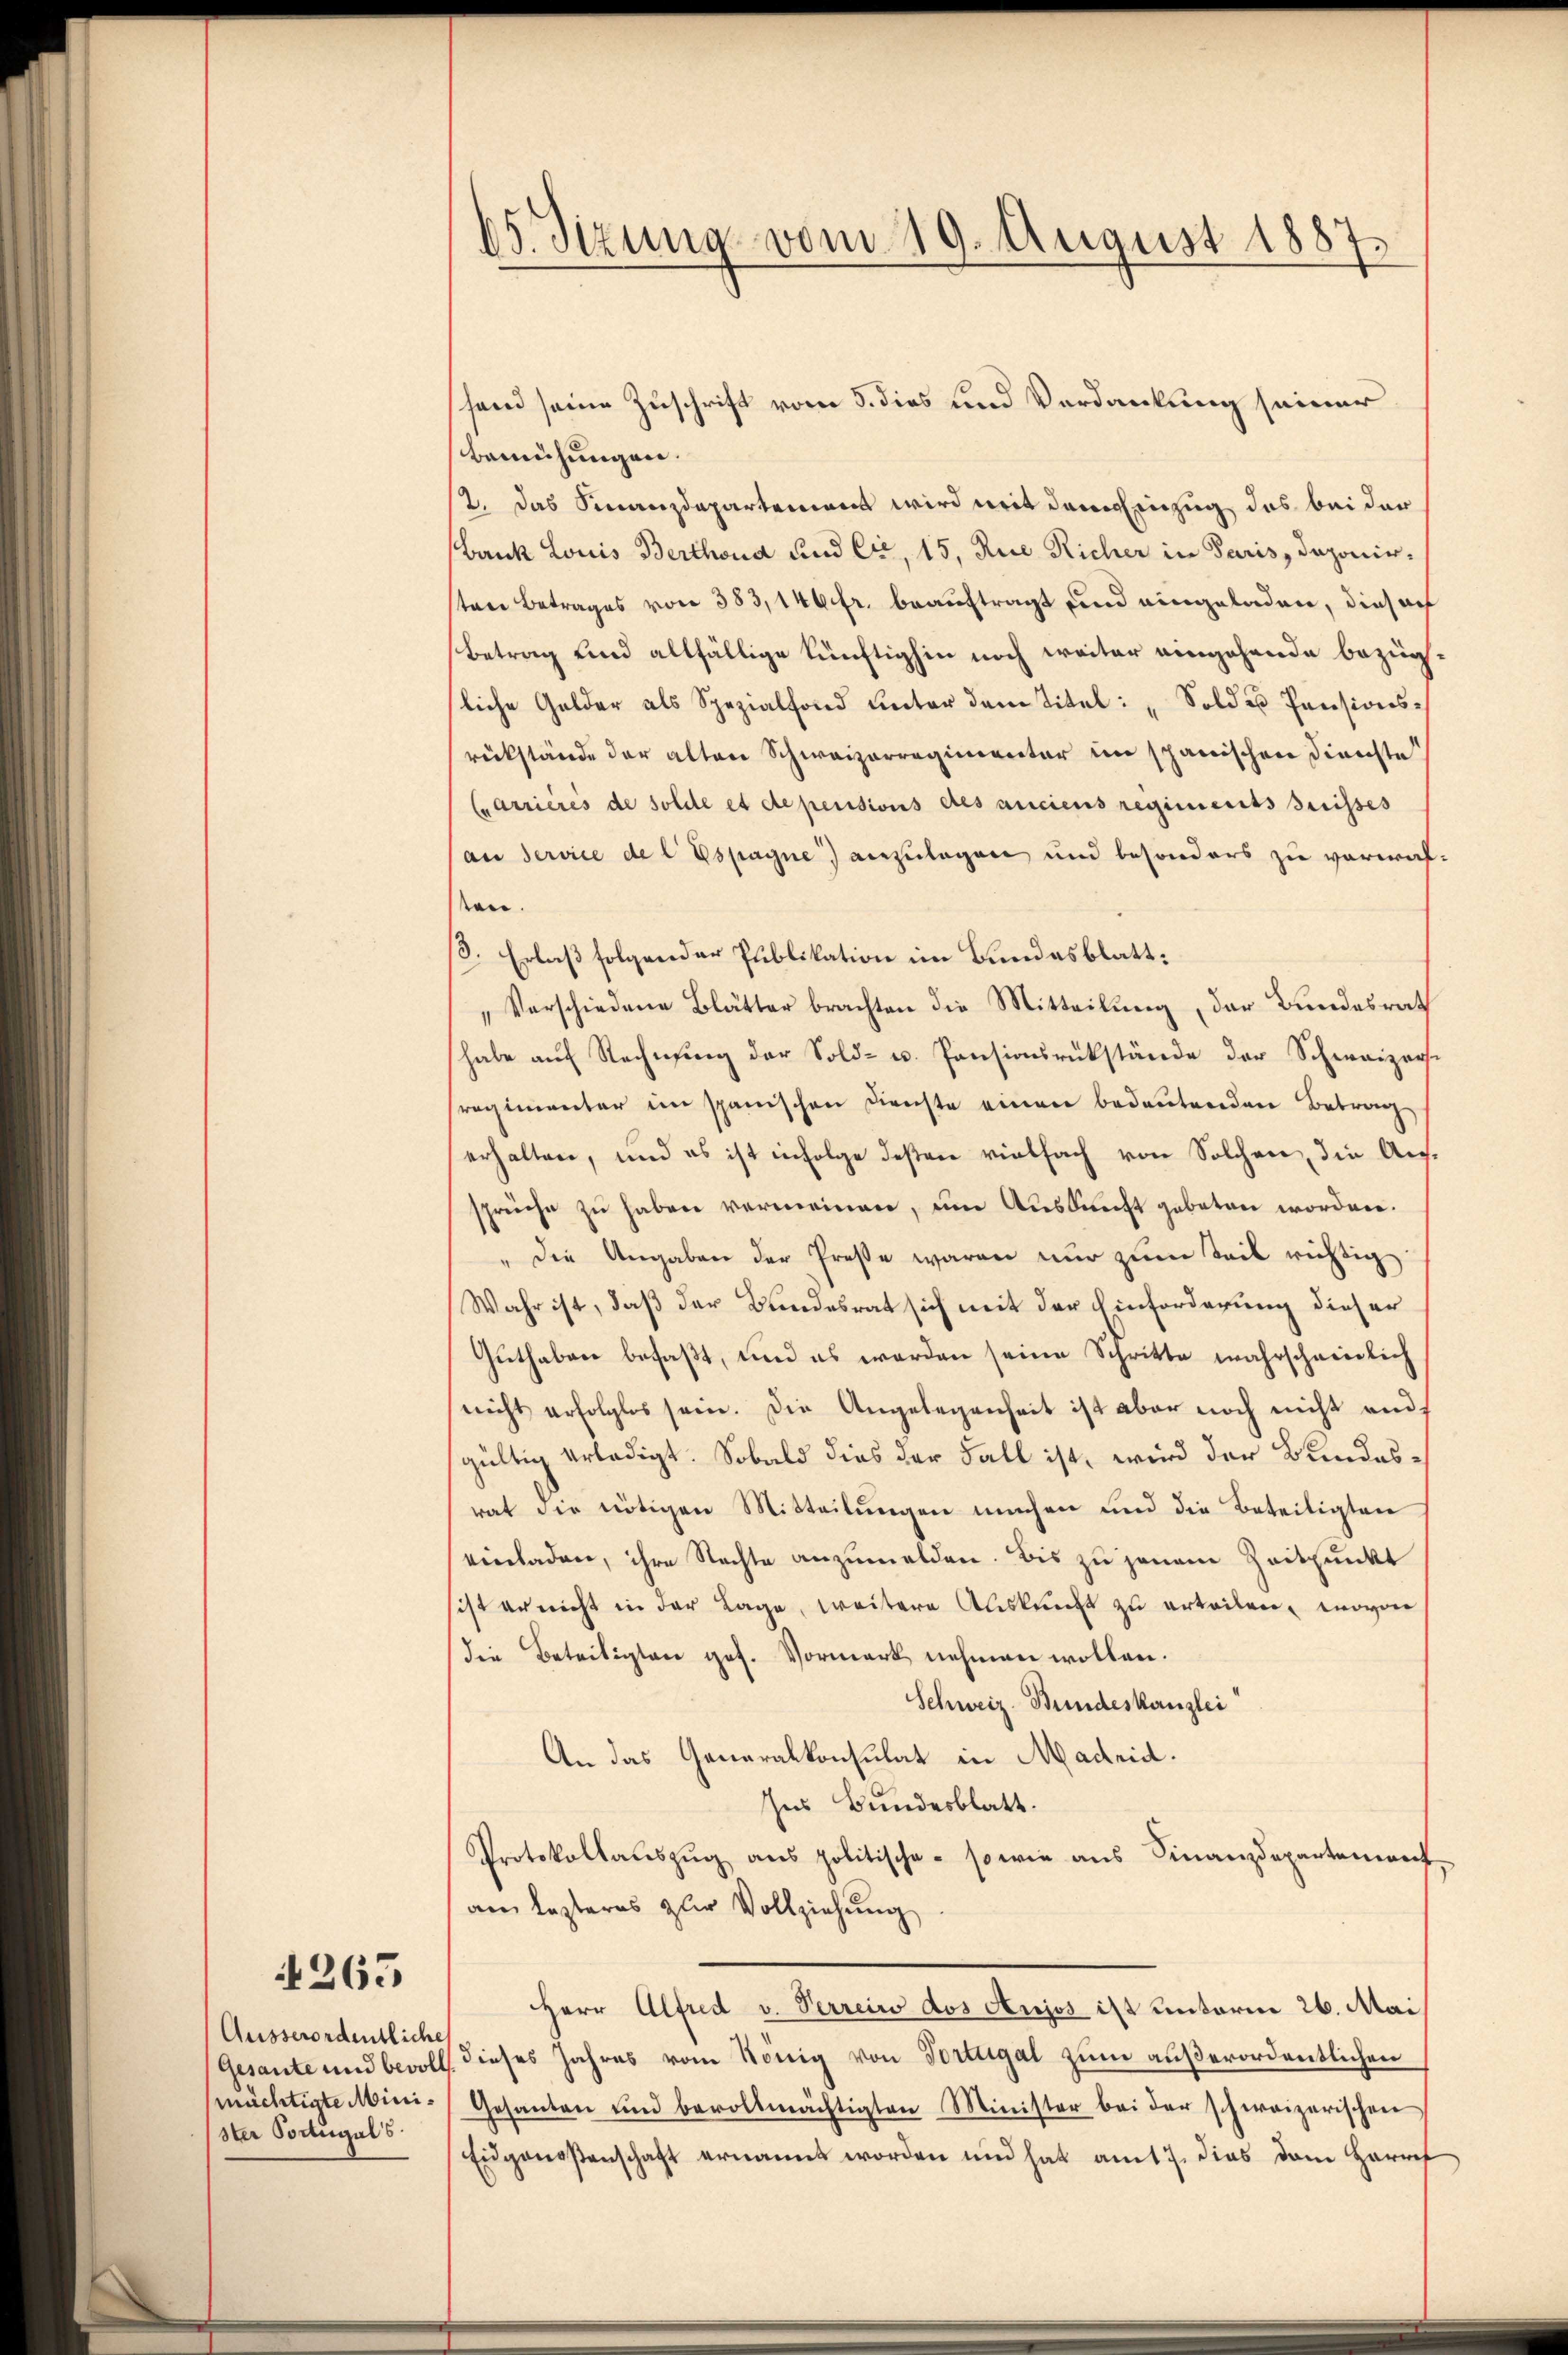
263

Ausserordentliche
(Gesante und bevoll
mächtigte Minister Portugals.

65. Sitzung vom 19. August 1887.

send seine Zuschrift vom 5. dies und Verdankung seiner
Bemühungen.
2. Das Finanzdepartemons wird mit dem Einzug das bei der
Bank Louis Berthoud und Cr, 15, Rue Richer in Paris, deponirten Betrages von 383,140 fr. beauftragt und eingeladen, dies ach
Betrag und allfällige künftighin noch weiter eingehende bezügsliche Gelder als Spezialfond ŭnter dem Titel: „Sold u Pensionsrückstände der alten Schweizerregimentar im schanischen Dienste
Carrieres de solde et de pensions des anciens regiments suisses
an Service de l Espagne) anzulagen und besonders zu verwalsten.
ß. Erlaß folgender Publikation im Bundesblatt:
Verschiedene Blätter brachten die Mitteilung, der Bundesrath
habe aŭf Rechnŭng der Sold- u. Pensionsrükstände der Schweizers.
sregimenter im spanischen Dienste einen bedeutenden Betrag
erhalten, und es ist infolge deßen vielfach von Solchen, die Aufsprüche zu haben vermeinen, um Auskunft geboten worden.
" die Angaben der Prose waren nur zum Teil richtig
Wahr ist, daß der Bundesrat sich mit der Einforderung dieser
Guthaben befaßt, und es werden seine Schritte wahrschweilich
nicht erfolglos sein. Die Angelegenheit ist aber noch nicht and
gültig erledigt. Sobald dies der Fall ist, wird der Bundesrat die nötigen Mitteilungen machen und die Beteiligten
einladen, ihre Nachte anzumelden. Bis zu jenem Zeitpunkt
sist er nicht in der Lage, weitere Auskunft zu erteilen, wovon
die Beteiligten ges. Vormerk nehmen wollen.
Schweiz. Bundeskanzlei
An das Generalkonsulat in Madrid.
Ins Bundesblatt.
Protokollaŭszŭg ans politische - sowie ans Finanzdepartenweis
am lezteres zur Vollziehung
Herr Alfred v. Perreis dos Aujos ist unterm 26. Mai
dieses Jahres vom König von Fortugal zum außerordentlichen
Gesanten und bevollmächtigten Minister bei der schweizerischen
Eidgenoßenschaft ernannt worden und hat am 7. dies dem Herref